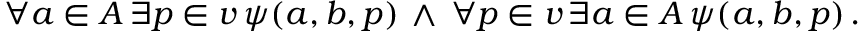
\forall a \in A \, \exists p \in v \, \psi ( a , b , p ) \, \land \, \forall p \in v \, \exists a \in A \, \psi ( a , b , p ) \, .